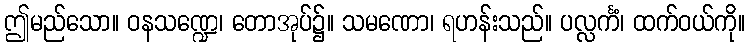
ဤမည်သော။ ဝနသဏ္ဍေ၊ တောအုပ်၌။ သမဏော၊ ရဟန်းသည်။ ပလ္လင်္ကံ၊ ထက်ဝယ်ကို။